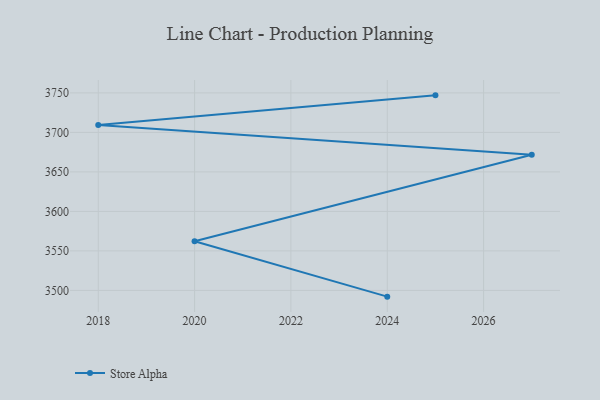
{"axis": {"x": "Year", "y": "Humidity (%)"}, "legend": ["Store Alpha"], "data": [{"x": "2024", "y": 3492.1, "type": "Store Alpha"}, {"x": "2020", "y": 3562.3, "type": "Store Alpha"}, {"x": "2027", "y": 3671.8, "type": "Store Alpha"}, {"x": "2018", "y": 3709.5, "type": "Store Alpha"}, {"x": "2025", "y": 3746.9, "type": "Store Alpha"}]}